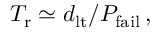
T _ { \mathrm { r } } \simeq d _ { \mathrm { l t } } / P _ { \mathrm { f a i l } } \, ,